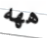
ههه